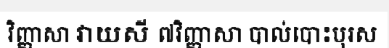
វិញ្ញាសា វាយសី ៧វិញ្ញាសា បាល់បោះបុរស